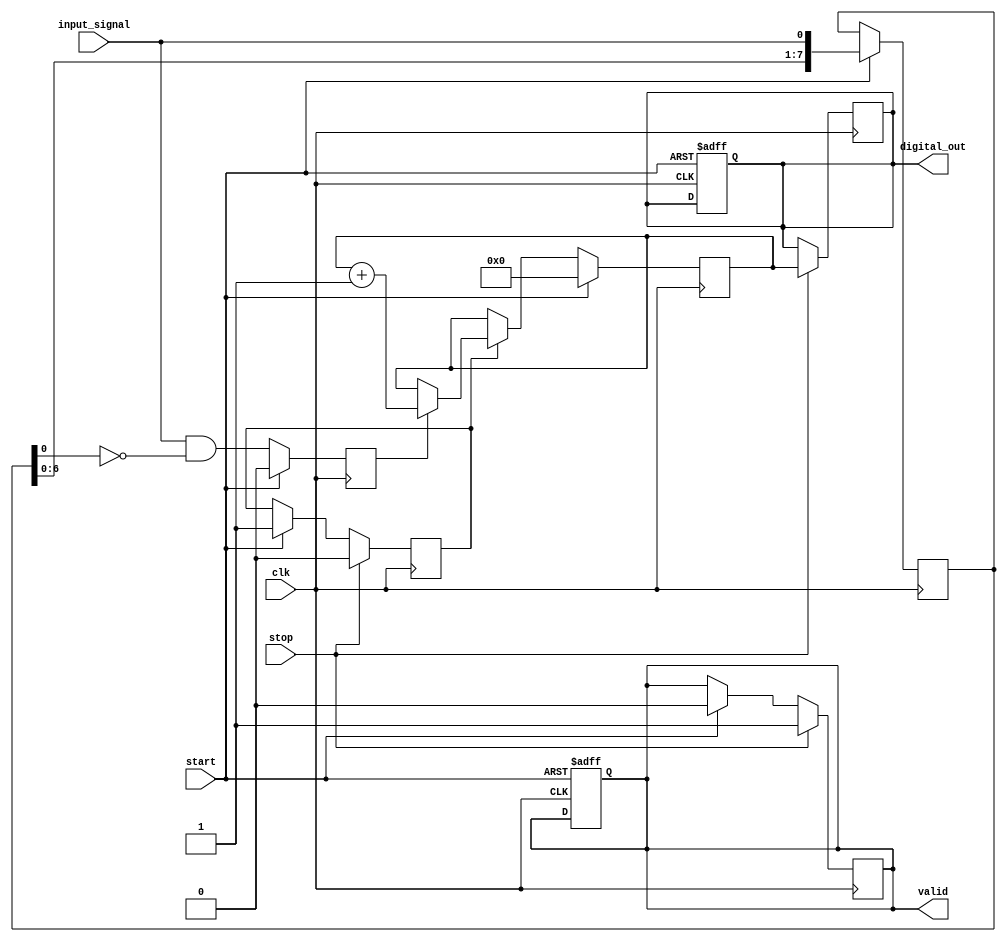
module TDC (
    input wire clk,                 // High-frequency clock from PLL
    input wire start,               // Start signal for measurement
    input wire stop,                // Stop signal for measurement
    input wire input_signal,         // Input signal for event detection
    output reg [15:0] digital_out,   // Digital output representing time interval
    output reg valid                // Indicates valid output
);

    // Parameters
    parameter NUM_DELAY_ELEMENTS = 8; // Number of delay elements
    parameter COUNTER_WIDTH = 16;      // Width of the time counter

    // Internal Signals
    reg [COUNTER_WIDTH-1:0] time_counter; // Time counter
    reg [NUM_DELAY_ELEMENTS-1:0] delay_line; // Delay line outputs
    reg event_detected;                  // Edge detection flag
    reg sampling;                        // Sampling flag

    // Delay Line Generation
    always @(posedge clk) begin
        if (start) begin
            delay_line <= {delay_line[NUM_DELAY_ELEMENTS-2:0], input_signal};
        end
    end

    // Edge Detection Logic
    always @(posedge clk) begin
        if (start) begin
            event_detected <= 0; // Reset event detection
        end else begin
            event_detected <= input_signal & ~delay_line[0]; // Rising edge detection
        end
    end

    // Time Measurement Logic
    always @(posedge clk) begin
        if (start) begin
            time_counter <= 0; // Initialize counter
            valid <= 0;        // Reset valid flag
            sampling <= 1;     // Enable sampling
        end else if (sampling) begin
            if (event_detected) begin
                time_counter <= time_counter + 1; // Increment counter on event detection
            end
        end

        // Stop Measurement
        if (stop) begin
            digital_out <= time_counter; // Capture counter value
            valid <= 1;                  // Indicate valid output
            sampling <= 0;               // Disable sampling
        end
    end

    // Reset Logic (optional)
    always @(posedge clk or posedge start) begin
        if (start) begin
            digital_out <= 0;
            valid <= 0;
        end
    end

endmodule